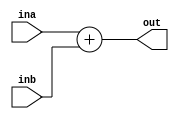
`timescale 1ns / 1ps
//////////////////////////////////////////////////////////////////////////////////
// Company: 
// Engineer: 
// 
// Design Name: 
// Module Name: sumatorEX
// Project Name: 
// Target Devices: 
// Tool Versions: 
// Description: 
// 
// Dependencies: 
// 
// Revision:
// Revision 0.01 - File Created
// Additional Comments:
// 
//////////////////////////////////////////////////////////////////////////////////


module sumatorEX(
    input [31:0] ina, inb,
    output [31:0] out
    );
    
    assign out = ina + inb;
endmodule